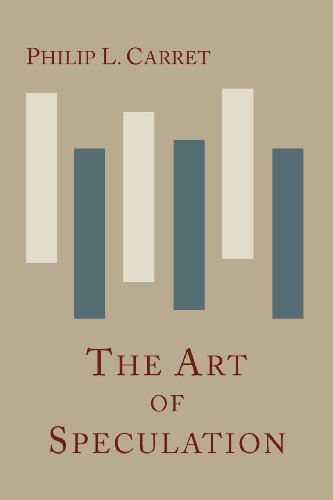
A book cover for The Art of Speculation; Philip L. Carret; Business & Money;